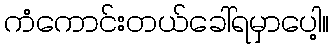
ကံကောင်းတယ်ခေါ်ရမှာပေါ့။